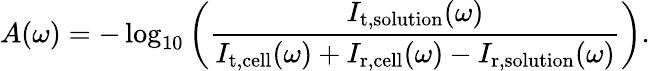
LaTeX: A(\omega)=-\log_{10}\left(\frac{I_{\mathrm{t,solution}}(\omega)}{I_{\mathrm{t,cell}}(\omega)+I_{\mathrm{r,cell}}(\omega)-I_{\mathrm{r,solution}}(\omega)}\right).